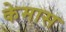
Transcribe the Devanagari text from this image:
केमास